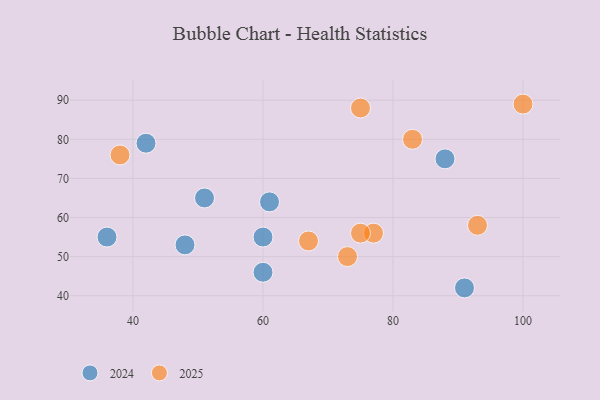
{"axis": {"x": "GDP", "y": "Life Expectancy"}, "legend": ["2024", "2025"], "data": [{"x": "73", "y": 50, "type": "2025"}, {"x": "38", "y": 76, "type": "2025"}, {"x": "100", "y": 89, "type": "2025"}, {"x": "77", "y": 56, "type": "2025"}, {"x": "75", "y": 88, "type": "2025"}, {"x": "75", "y": 56, "type": "2025"}, {"x": "67", "y": 54, "type": "2025"}, {"x": "93", "y": 58, "type": "2025"}, {"x": "83", "y": 80, "type": "2025"}, {"x": "88", "y": 75, "type": "2024"}, {"x": "61", "y": 64, "type": "2024"}, {"x": "42", "y": 79, "type": "2024"}, {"x": "91", "y": 42, "type": "2024"}, {"x": "60", "y": 55, "type": "2024"}, {"x": "51", "y": 65, "type": "2024"}, {"x": "36", "y": 55, "type": "2024"}, {"x": "48", "y": 53, "type": "2024"}, {"x": "60", "y": 46, "type": "2024"}]}